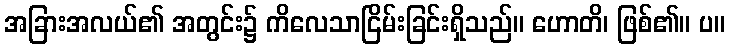
အခြားအလယ်၏ အတွင်း၌ ကိလေသာငြိမ်းခြင်းရှိသည်။ ဟောတိ၊ ဖြစ်၏။ ပ။